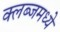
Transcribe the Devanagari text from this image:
क्लब्जमध्ये